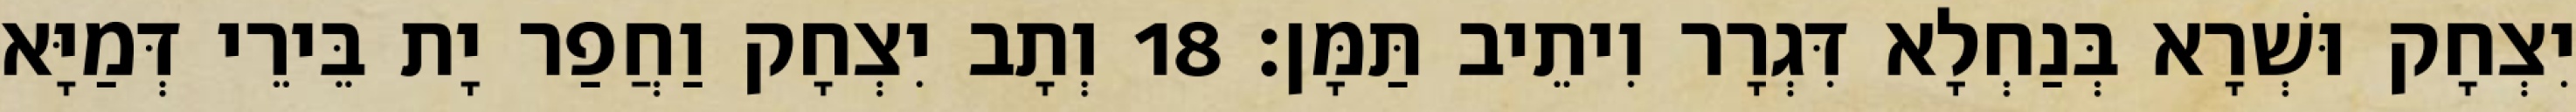
יִצְחָק וּשְׁרָא בְּנַחְלָא דִּגְרָר וִיתֵיב תַּמָּן׃ 18 וְתָב יִצְחָק וַחֲפַר יָת בֵּירֵי דְּמַיָּא